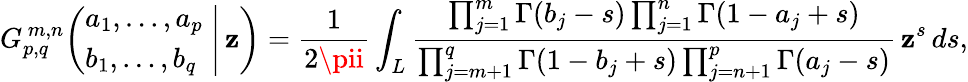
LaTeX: G_{p,q}^{\, m,n}\! \left(\left.{\begin{array}{l}{a_{1},\dots,a_{p}}\\ {b_{1},\dots,b_{q}}\end{array}}\; \right|\, \mathbf{z}\right)={\frac{{1}}{{2\pii}}}\int_{L}{\frac{{\prod_{j=1}^{m}\Gamma(b_{j}-s)\prod_{j=1}^{n}\Gamma(1-a_{j}+s)}}{{\prod_{j=m+1}^{q}\Gamma(1-b_{j}+s)\prod_{j=n+1}^{p}\Gamma(a_{j}-s)}}}\, \mathbf{z}^{s}\, ds,